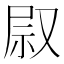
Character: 叞